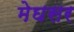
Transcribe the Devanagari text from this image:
मेघसर